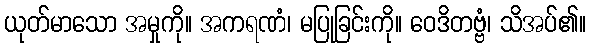
ယုတ်မာသော အမှုကို။ အကရဏံ၊ မပြုခြင်းကို။ ဝေဒိတဗ္ဗံ၊ သိအပ်၏။